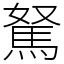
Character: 駑